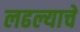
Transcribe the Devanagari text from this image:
लढल्याचे